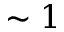
\sim 1